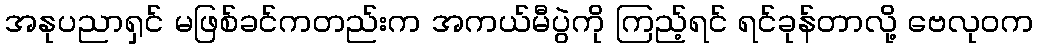
အနုပညာရှင် မဖြစ်ခင်ကတည်းက အကယ်မီပွဲကို ကြည့်ရင် ရင်ခုန်တာလို့ ဗေလုဝက